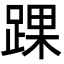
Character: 踝